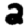
Digit: 2